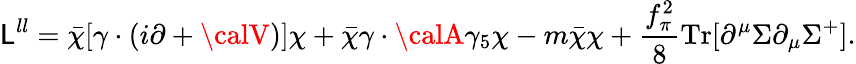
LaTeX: {\cal\mathsf{L}}^{ll}=\bar{{\chi}}[\gamma\cdot(i\partial+{\calV})]\chi+\bar{{\chi}}\gamma\cdot{\calA}\gamma_{5}\chi-m\bar{{\chi}}\chi+\frac{{f_{\pi}^{2}}}{{8}}\mathrm{{Tr}}[\partial^{\mu}\Sigma\partial_{\mu}\Sigma^{+}].